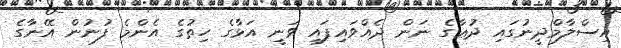
އިސްލާމްދީނުގައި ދުޢާގެ ނަން ދެއްވައިފައި ވަނީ އަޅާގެ ހިތުގެ އެންމެ ފުނުން އޭނާގެ